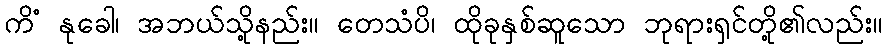
ကိံ နုခေါ၊ အဘယ်သို့နည်း။ တေသံပိ၊ ထိုခုနှစ်ဆူသော ဘုရားရှင်တို့၏လည်း။